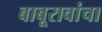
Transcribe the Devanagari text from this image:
बाबूरावांचा